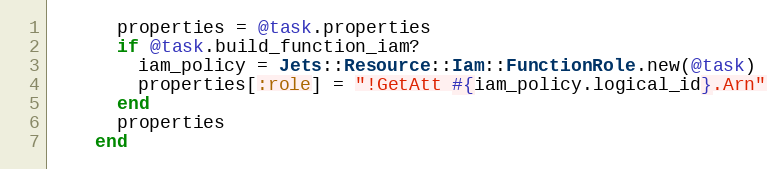
Language: Ruby
      properties = @task.properties
      if @task.build_function_iam?
        iam_policy = Jets::Resource::Iam::FunctionRole.new(@task)
        properties[:role] = "!GetAtt #{iam_policy.logical_id}.Arn"
      end
      properties
    end